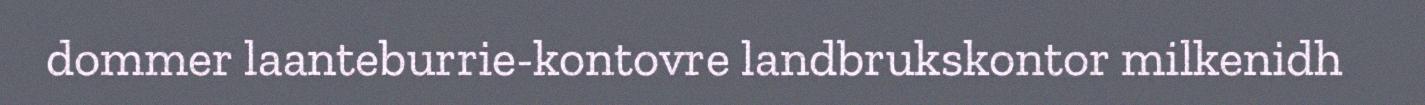
dommer laanteburrie-kontovre landbrukskontor milkenidh